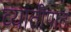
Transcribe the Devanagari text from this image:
व्यातीपात